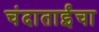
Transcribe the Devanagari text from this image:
चंदाताईंचा